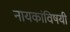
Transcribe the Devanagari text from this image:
नायकांविषयी